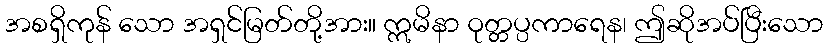
အစရှိကုန် သော အရှင်မြတ်တို့အား။ ဣမိနာ ဝုတ္တပ္ပကာရေန၊ ဤဆိုအပ်ပြီးသော